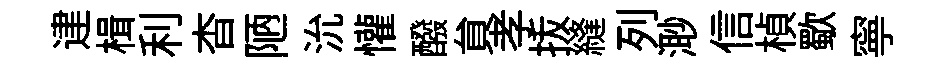
䢖楫利杳陋沇懽醱貟孝㧞縫列𣺌信楨歜寧